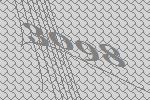
3098